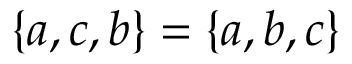
\{ a , c , b \} = \{ a , b , c \}